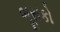
ભૂસકો